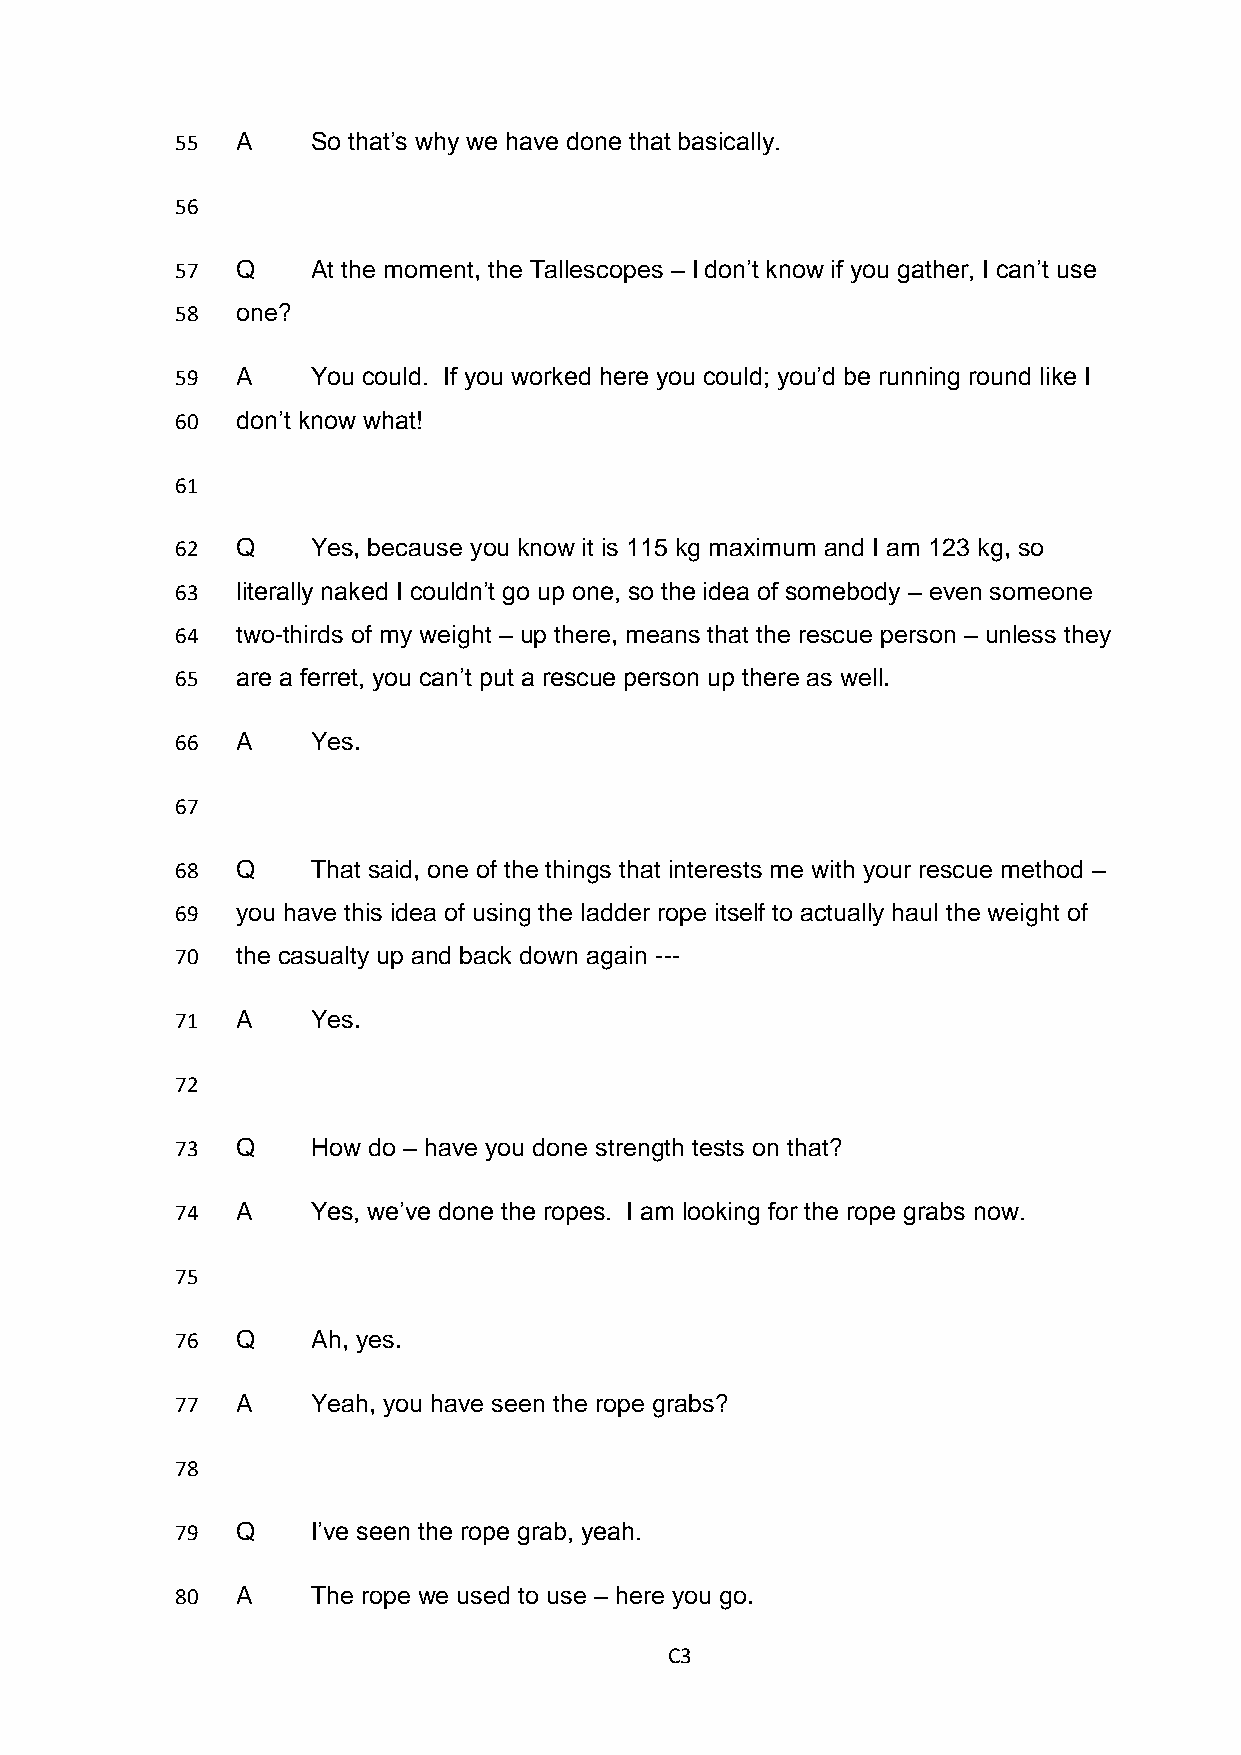
55  A    So that’s why we have done that basically.
 56
 57  Q    At the moment, the Tallescopes – I don’t know if you gather, I can’t use
 58  one?
 59  A    You could. If you worked here you could; you’d be running round like I
 60  don’t know what!
 61
 62  Q    Yes, because you know it is 115 kg maximum and I am 123 kg, so
 63  literally naked I couldn’t go up one, so the idea of somebody – even someone
 64  two-thirds of my weight – up there, means that the rescue person – unless they
 65  are a ferret, you can’t put a rescue person up there as well.
 66  A    Yes.
 67
 68  Q    That said, one of the things that interests me with your rescue method –
 69  you have this idea of using the ladder rope itself to actually haul the weight of
 70  the casualty up and back down again ---
 71  A    Yes.
 72
 73  Q    How do – have you done strength tests on that?
 74  A    Yes, we’ve done the ropes. I am looking for the rope grabs now.
 75
 76  Q    Ah, yes.
 77  A    Yeah, you have seen the rope grabs?
 78
 79  Q    I’ve seen the rope grab, yeah.
 80  A    The rope we used to use – here you go.
 C3